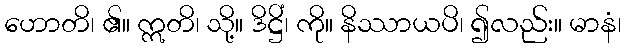
ဟောတိ၊ ၏။ ဣတိ၊ သို့။ ဒိဋ္ဌိံ၊ ကို။ နိဿာယပိ၊ ၍လည်း။ မာနံ၊